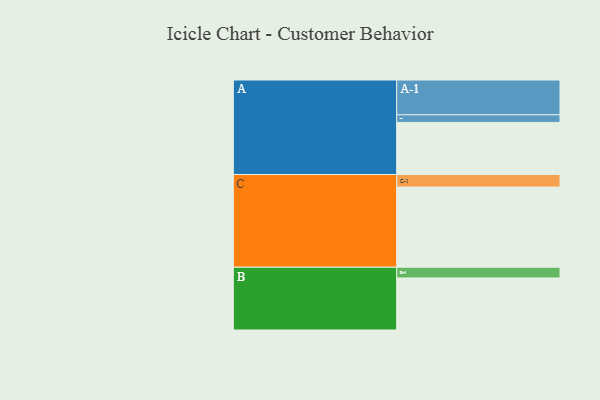
{"axis": {"x": "Segment", "y": "Value"}, "legend": ["", "A", "B", "C"], "data": [{"x": "A", "y": 361, "type": ""}, {"x": "B", "y": 361, "type": ""}, {"x": "C", "y": 556, "type": ""}, {"x": "A-1", "y": 241, "type": "A"}, {"x": "A-2", "y": 53, "type": "A"}, {"x": "B-1", "y": 74, "type": "B"}, {"x": "C-1", "y": 87, "type": "C"}]}